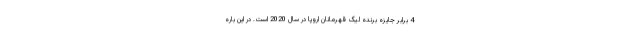
4 برابر جایزه برنده لیگ قهرمانان اروپا در سال 2020 است. در این باره